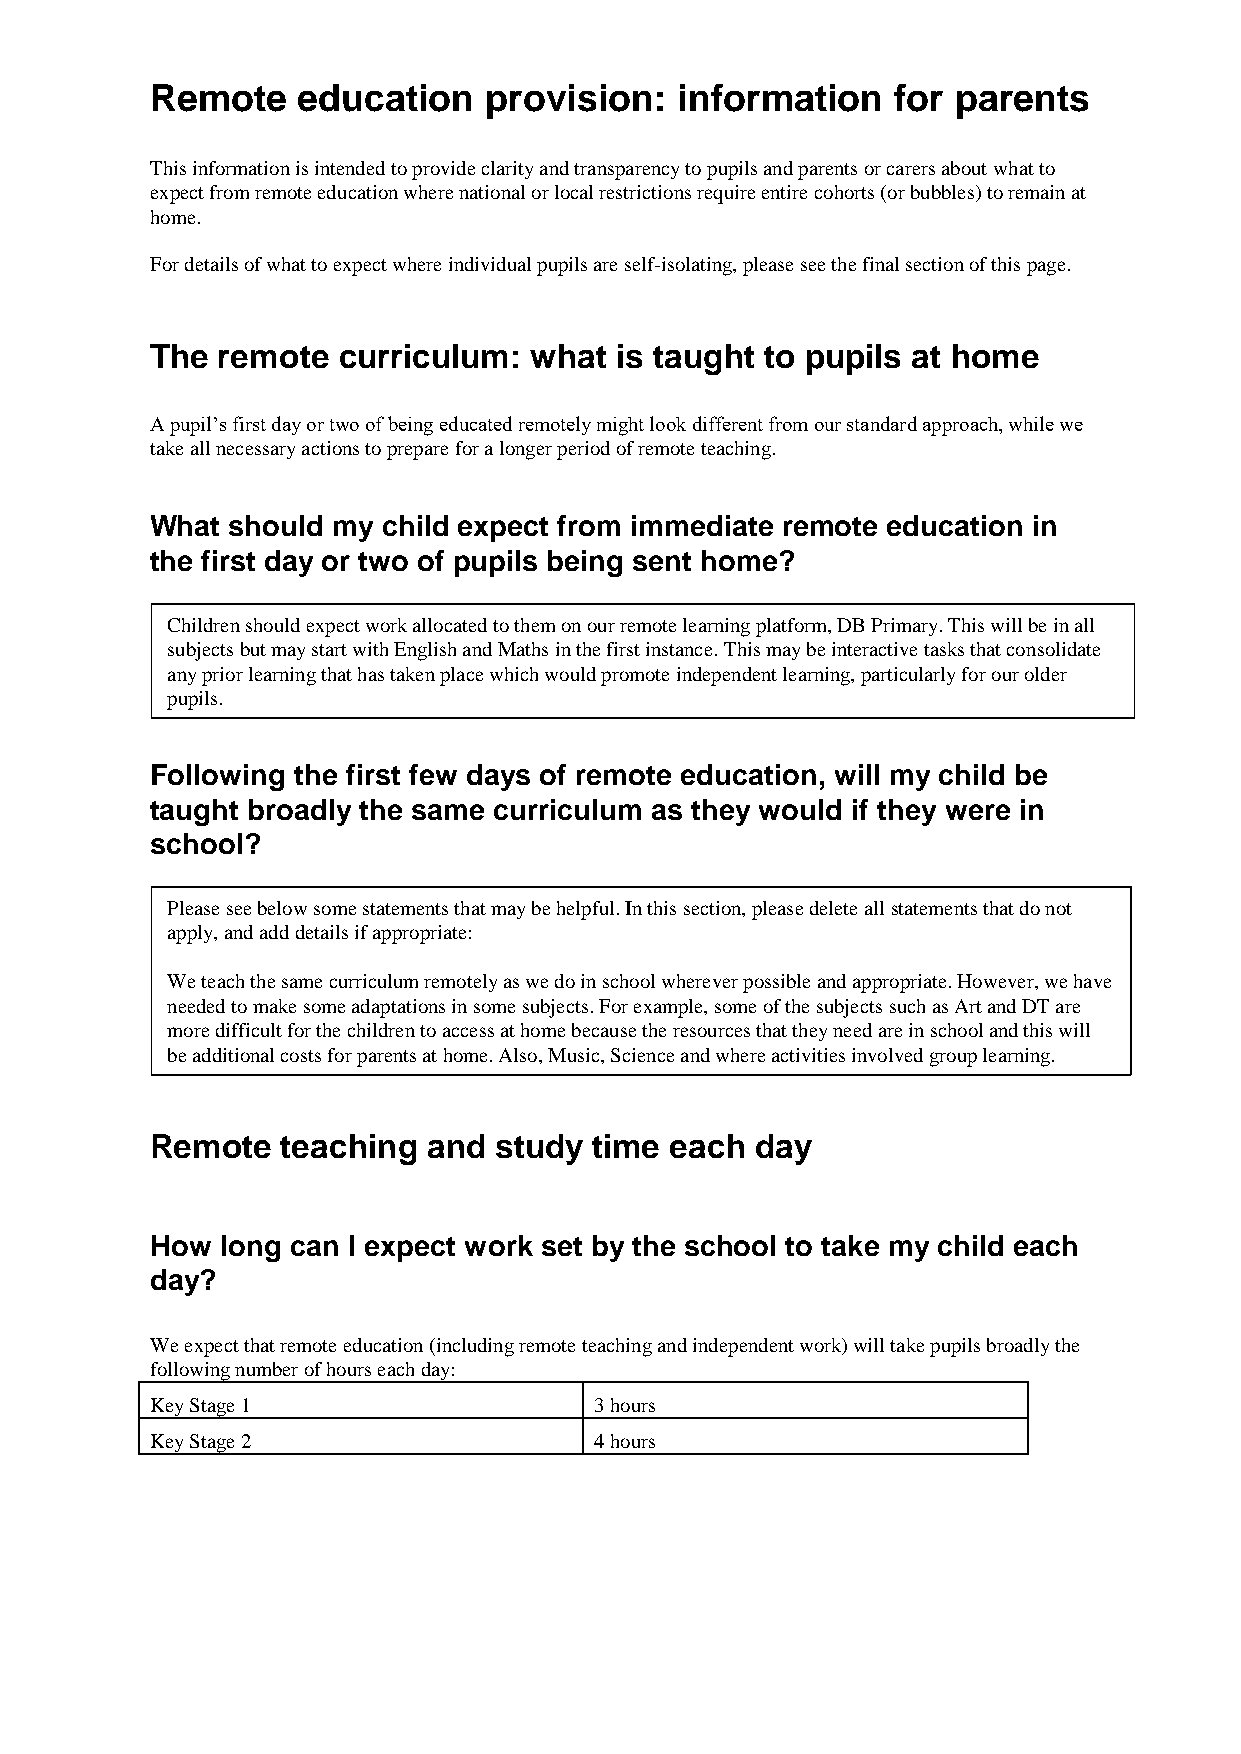
Remote    education   provision:   information   for parents
 This information is intended to provide clarity and transparency to pupils and parents or carers about what to
 expect from remote education where national or local restrictions require entire cohorts (or bubbles) to remain at
 home.
 For details of what to expect where individual pupils are self-isolating, please see the final section of this page.
 The remote  curriculum:  what  is taught to pupils at home
 A pupil’s first day or two of being educated remotely might look different from our standard approach, while we
 take all necessary actions to prepare for a longer period of remote teaching.
 What should my child expect from immediate remote education in
 the first day or two of pupils being sent home?
 Children should expect work allocated to them on our remote learning platform, DB Primary. This will be in all
 subjects but may start with English and Maths in the first instance. This may be interactive tasks that consolidate
 any prior learning that has taken place which would promote independent learning, particularly for our older
 pupils.
 Following the first few days of remote education, will my child be
 taught broadly the same curriculum as they would if they were in
 school?
 Please see below some statements that may be helpful. In this section, please delete all statements that do not
 apply, and add details if appropriate:
 We teach the same curriculum remotely as we do in school wherever possible and appropriate. However, we have
 needed to make some adaptations in some subjects. For example, some of the subjects such as Art and DT are
 more difficult for the children to access at home because the resources that they need are in school and this will
 be additional costs for parents at home. Also, Music, Science and where activities involved group learning.
 Remote   teaching and  study time each  day
 How  long can I expect work set by the school to take my child each
 day?
 We expect that remote education (including remote teaching and independent work) will take pupils broadly the
 following number of hours each day:
 Key Stage 1                  3 hours
 Key Stage 2                  4 hours